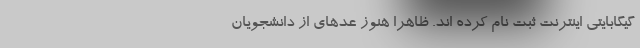
گیگابایتی اینترنت ثبت نام کرده اند. ظاهرا هنوز عدهای از دانشجویان